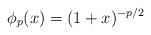
\begin{align*}\phi_p(x)=(1+x)^{-p/2}\end{align*}